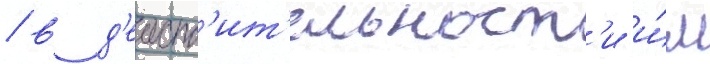
/ в д'еиств'ит'ельност'и и́м